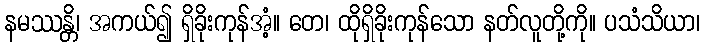
နမဿန္တိ၊ အကယ်၍ ရှိခိုးကုန်အံ့။ တေ၊ ထိုရှိခိုးကုန်သော နတ်လူတို့ကို။ ပသံသိယာ၊